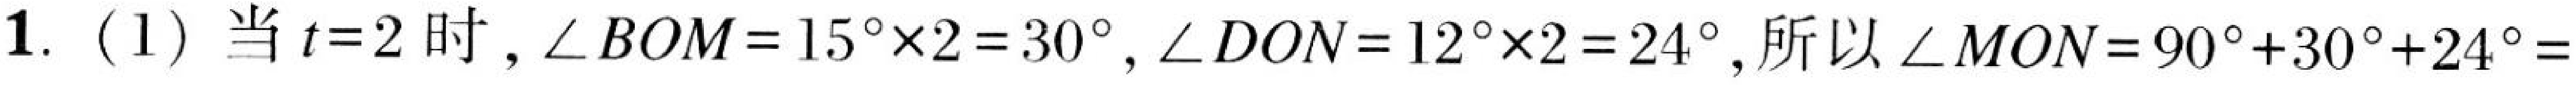
$1.(1)$当$t = 2$时，$\angle BOM=15^{\circ}\times2 = 30^{\circ},\angle DON=12^{\circ}\times2 = 24^{\circ}$,所以$\angle MON=90^{\circ}+30^{\circ}+24^{\circ}=$